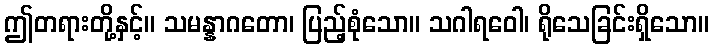
ဤတရားတို့နှင့်။ သမန္နာဂတော၊ ပြည့်စုံသော။ သဂါရဝေါ၊ ရိုသေခြင်းရှိသော။